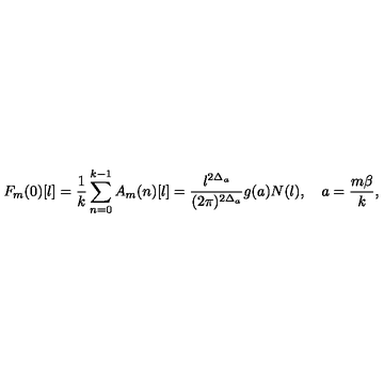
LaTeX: F _ { m } ( 0 ) [ l ] = \frac { 1 } { k } \sum _ { n = 0 } ^ { k - 1 } A _ { m } ( n ) [ l ] = \frac { l ^ { 2 \Delta _ { a } } } { ( 2 \pi ) ^ { 2 \Delta _ { a } } } g ( a ) N ( l ) , \quad a = \frac { m \beta } { k } ,